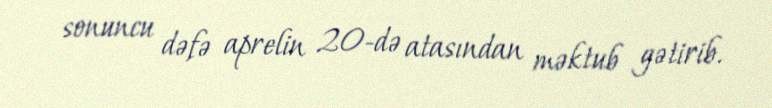
sonuncu dəfə aprelin 20-də atasından məktub gətirib.